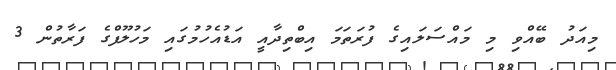
މިއަދު ބޭއްވި މި މައްސަލައިގެ ފުރަތަމަ އިބްތިދާއީ އަޑުއެހުމުގައި މަހުލޫފްގެ ފަރާތުން 3